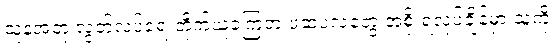
သူနဲ့အတူ လွတ်လပ်ရေးတိုက်ယူခဲ့ကြတဲ့ ဖဆပလတွေ အစိုးရလုပ်ချိန်မှာ သူ့ကို